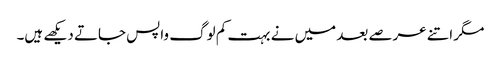
مگر اتنے عرصے بعد میں نے بہت کم لوگ واپس جاتے دیکھے ہیں۔